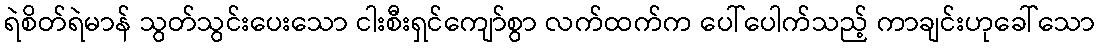
ရဲစိတ်ရဲမာန် သွတ်သွင်းပေးသော ငါးစီးရှင်ကျော်စွာ လက်ထက်က ပေါ်ပေါက်သည့် ကာချင်းဟုခေါ်သော